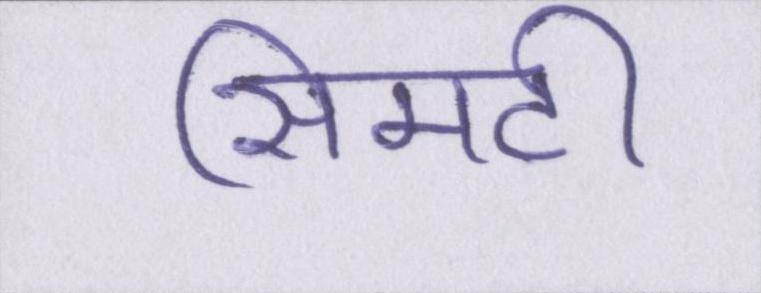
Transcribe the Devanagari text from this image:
सिमटी